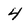
Character: 4